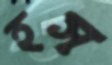
হস